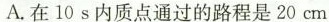
A. 在 10 s 内质点通过的路程是20 cm